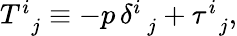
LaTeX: \begin{array}{r}{T_{\, \, \, j}^{i}\equiv-p\, \delta_{\, \, \, j}^{i}+\tau_{\, \, \, j}^{i},}\end{array}